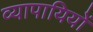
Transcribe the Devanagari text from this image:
व्यापायियों